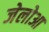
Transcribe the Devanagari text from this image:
जेलोआ